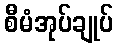
စီမံအုပ်ချုပ်